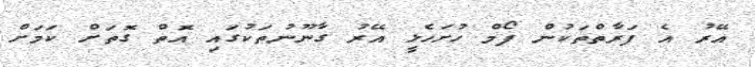
އޭރު އެ ފަރާތްތަކުން ފޯމް ހުށަހެޅީ އޭރު ގާނޫނުތަކުގައި އޮތް ގޮތަށް ކަމަށް